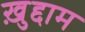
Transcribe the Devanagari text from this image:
ख़ुद्दाम